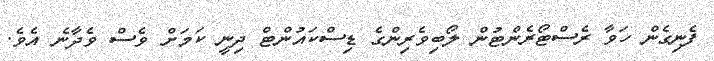
ފެނިގެން ހަވާ ރެސްޓޯރެންޓުން ލޯބިވެރިންގެ ޑިސްކައުންޓް ދިނީ ކަމަށް ވެސް ވެދާނެ އެވެ.